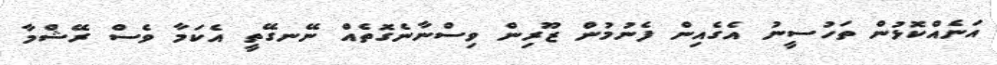
އަނެއްކޮޅުން ތަހުސީނު އެގެއިން ފެނުމުން ޒޫރިން ވިސްނާނެގޮތެއް ނޭނގޭތީ އެކަމާ ވެސް ރޭޝްމާ